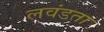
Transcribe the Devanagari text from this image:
लवंडता